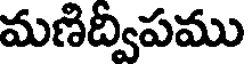
మణిద్వీపము